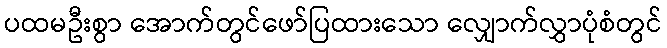
ပထမဦးစွာ အောက်တွင်ဖော်ပြထားသော လျှောက်လွှာပုံစံတွင်